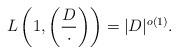
\begin{align*}L\left(1,\left(\frac{D}{\cdot}\right)\right)=|D|^{o(1)}.\end{align*}